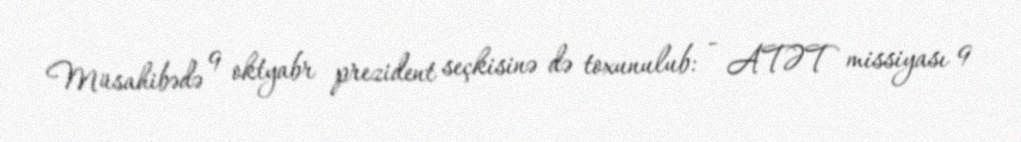
Müsahibədə 9 oktyabr prezident seçkisinə də toxunulub: - ATƏT missiyası 9